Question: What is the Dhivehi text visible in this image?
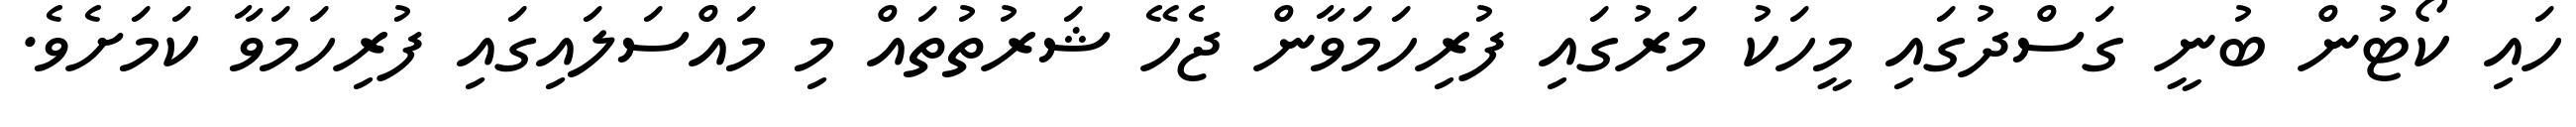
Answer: ހައި ކޯޓުން ބުނީ ގަސްދުގައި މީހަކު މަރުގައި ފުރިހަމަވާން ޖެހޭ ޝަރުތުތައް މި މައްސަލައިގައި ފުރިހަމަވާ ކަމަށެވެ.